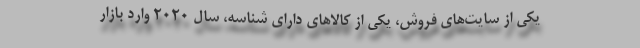
یکی از سایت‌های فروش، یکی از کالاهای دارای شناسه، سال ۲۰۲۰ وارد بازار